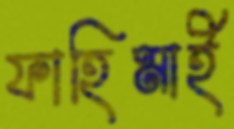
ফাহিমাই